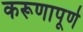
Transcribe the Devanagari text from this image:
करूणापूर्ण